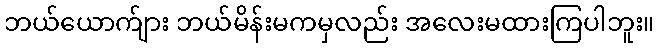
ဘယ်ယောက်ျား ဘယ်မိန်းမကမှလည်း အလေးမထားကြပါဘူး။